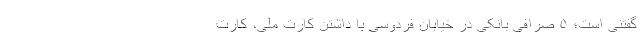
گفتنی است؛ ۵ صرافی بانکی در خیابان فردوسی با داشتن کارت ملی، کارت